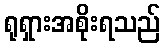
ရုရှားအစိုးရသည်